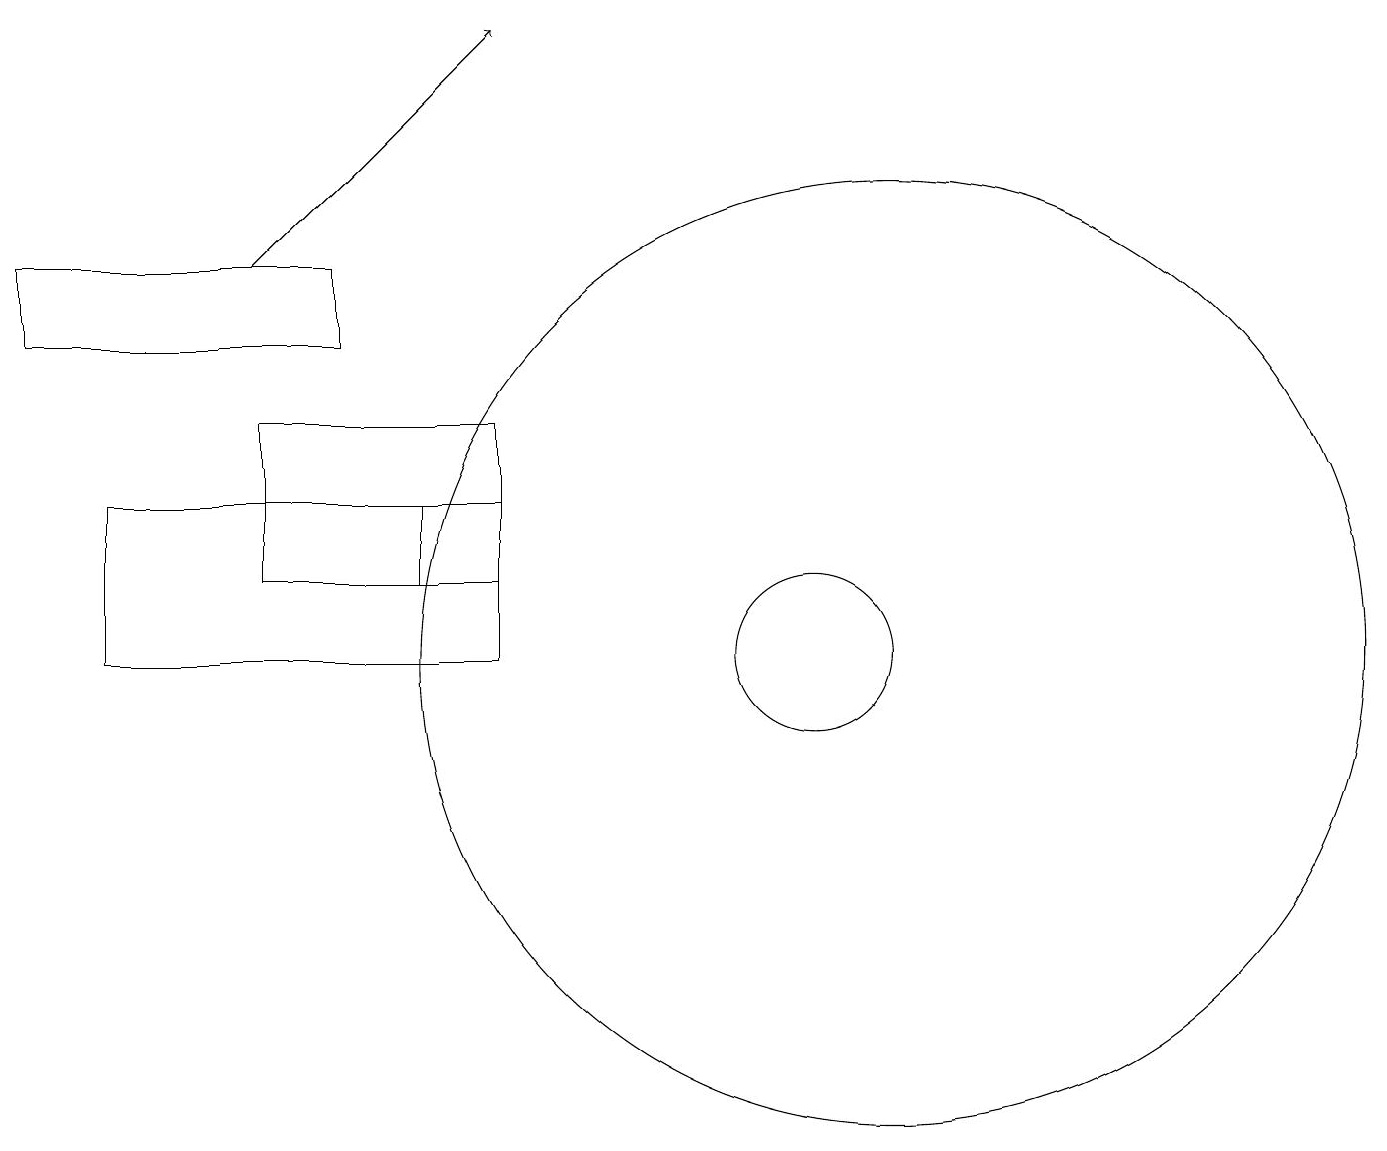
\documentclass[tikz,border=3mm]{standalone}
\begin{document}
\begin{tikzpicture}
\draw (5,12) rectangle (3,11);
\draw (6,11) rectangle (3,13);
\draw (6,12) rectangle (1,10);
\draw (4,15) rectangle (0,14);
\draw[->] (3,15) -- (6,18);
\draw (11,10) circle (6);
\draw (10,10) circle (1);
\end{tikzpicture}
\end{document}